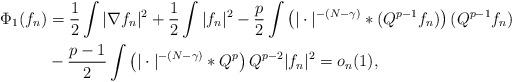
LaTeX: \begin{align*}\Phi_1(f_n) &= \frac{1}{2} \int |\nabla f_n|^2 + \frac{1}{2} \int |f_n|^2 - \frac{p}{2}\int \left( |\cdot|^{-(N-\gamma)}*(Q^{p-1}f_n) \right)(Q^{p-1}f_n) \\&- \frac{p-1}{2} \int \left( |\cdot|^{-(N-\gamma)} *Q^{p} \right) Q^{p-2} |f_n|^2 = o_n(1),\end{align*}